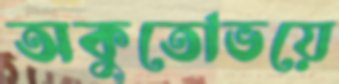
অকুতোভয়ে